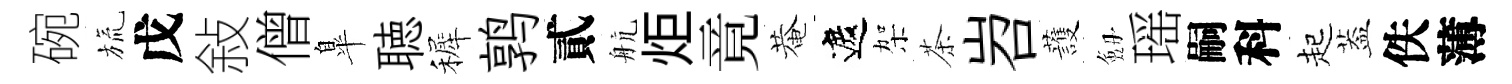
碗旒戊敍僧臯聴裤鹑貳航炬竟菴遮架茶岧䕶劔瑶嗣科起葢佚薄